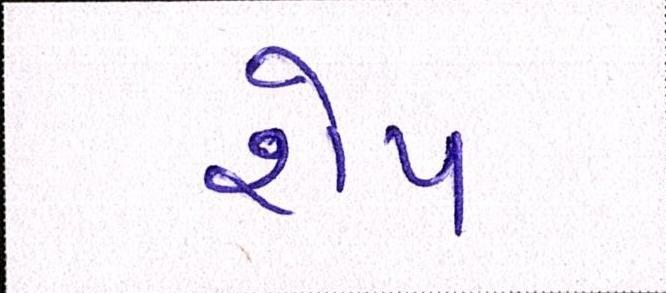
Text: શેપ